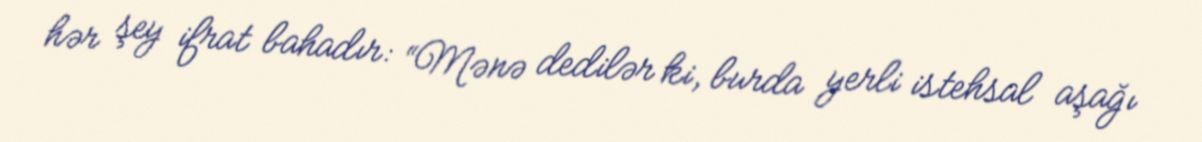
hər şey ifrat bahadır: “Mənə dedilər ki, burda yerli istehsal aşağı